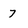
Character: 7